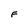
Character: F